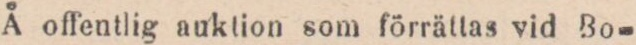
Å offentlig auktion som förrättas vid Bo-